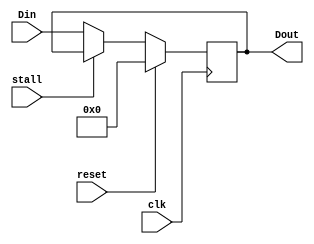
`timescale 1ns / 1ps

module PReg
#(parameter Width = 32)
(
    input clk,
    input stall,
    input reset,
    input  [Width - 1 : 0] Din,
    output [Width - 1 : 0] Dout
    );
    
    reg [Width-1 : 0] R;
    
    always @(posedge clk) begin
        if (reset)
            R <= 32'b0;
        else if (~stall)
            R <= Din;
        else
            R <= R;
    end

    assign Dout = R;

endmodule